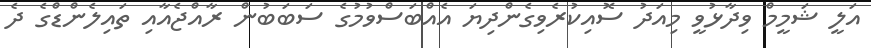
އަލީ ޝަމީމް ވިދާޅުވީ މިއަދު ސޮއިކުރެވިގެންދިޔަ އެއްބަސްވުމުގެ ސަބަބުން ރާއްޖެއާއި ތައިލެންޑްގެ ދެ